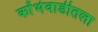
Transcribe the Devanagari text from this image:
कोंभेवाडीतला